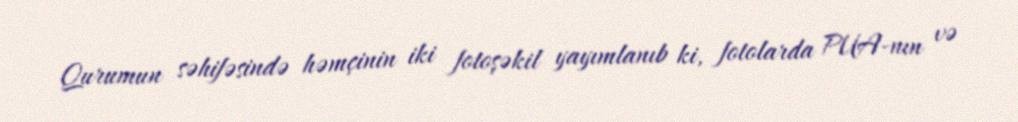
Qurumun səhifəsində həmçinin iki fotoşəkil yayımlanıb ki, fotolarda PUA-nın və